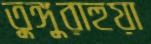
তুঙ্গুরাহুয়া